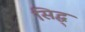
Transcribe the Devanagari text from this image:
सिद्ध्